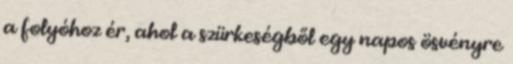
a folyóhoz ér, ahol a szürkeségből egy napos ösvényre